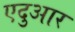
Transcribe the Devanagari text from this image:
एदुआर